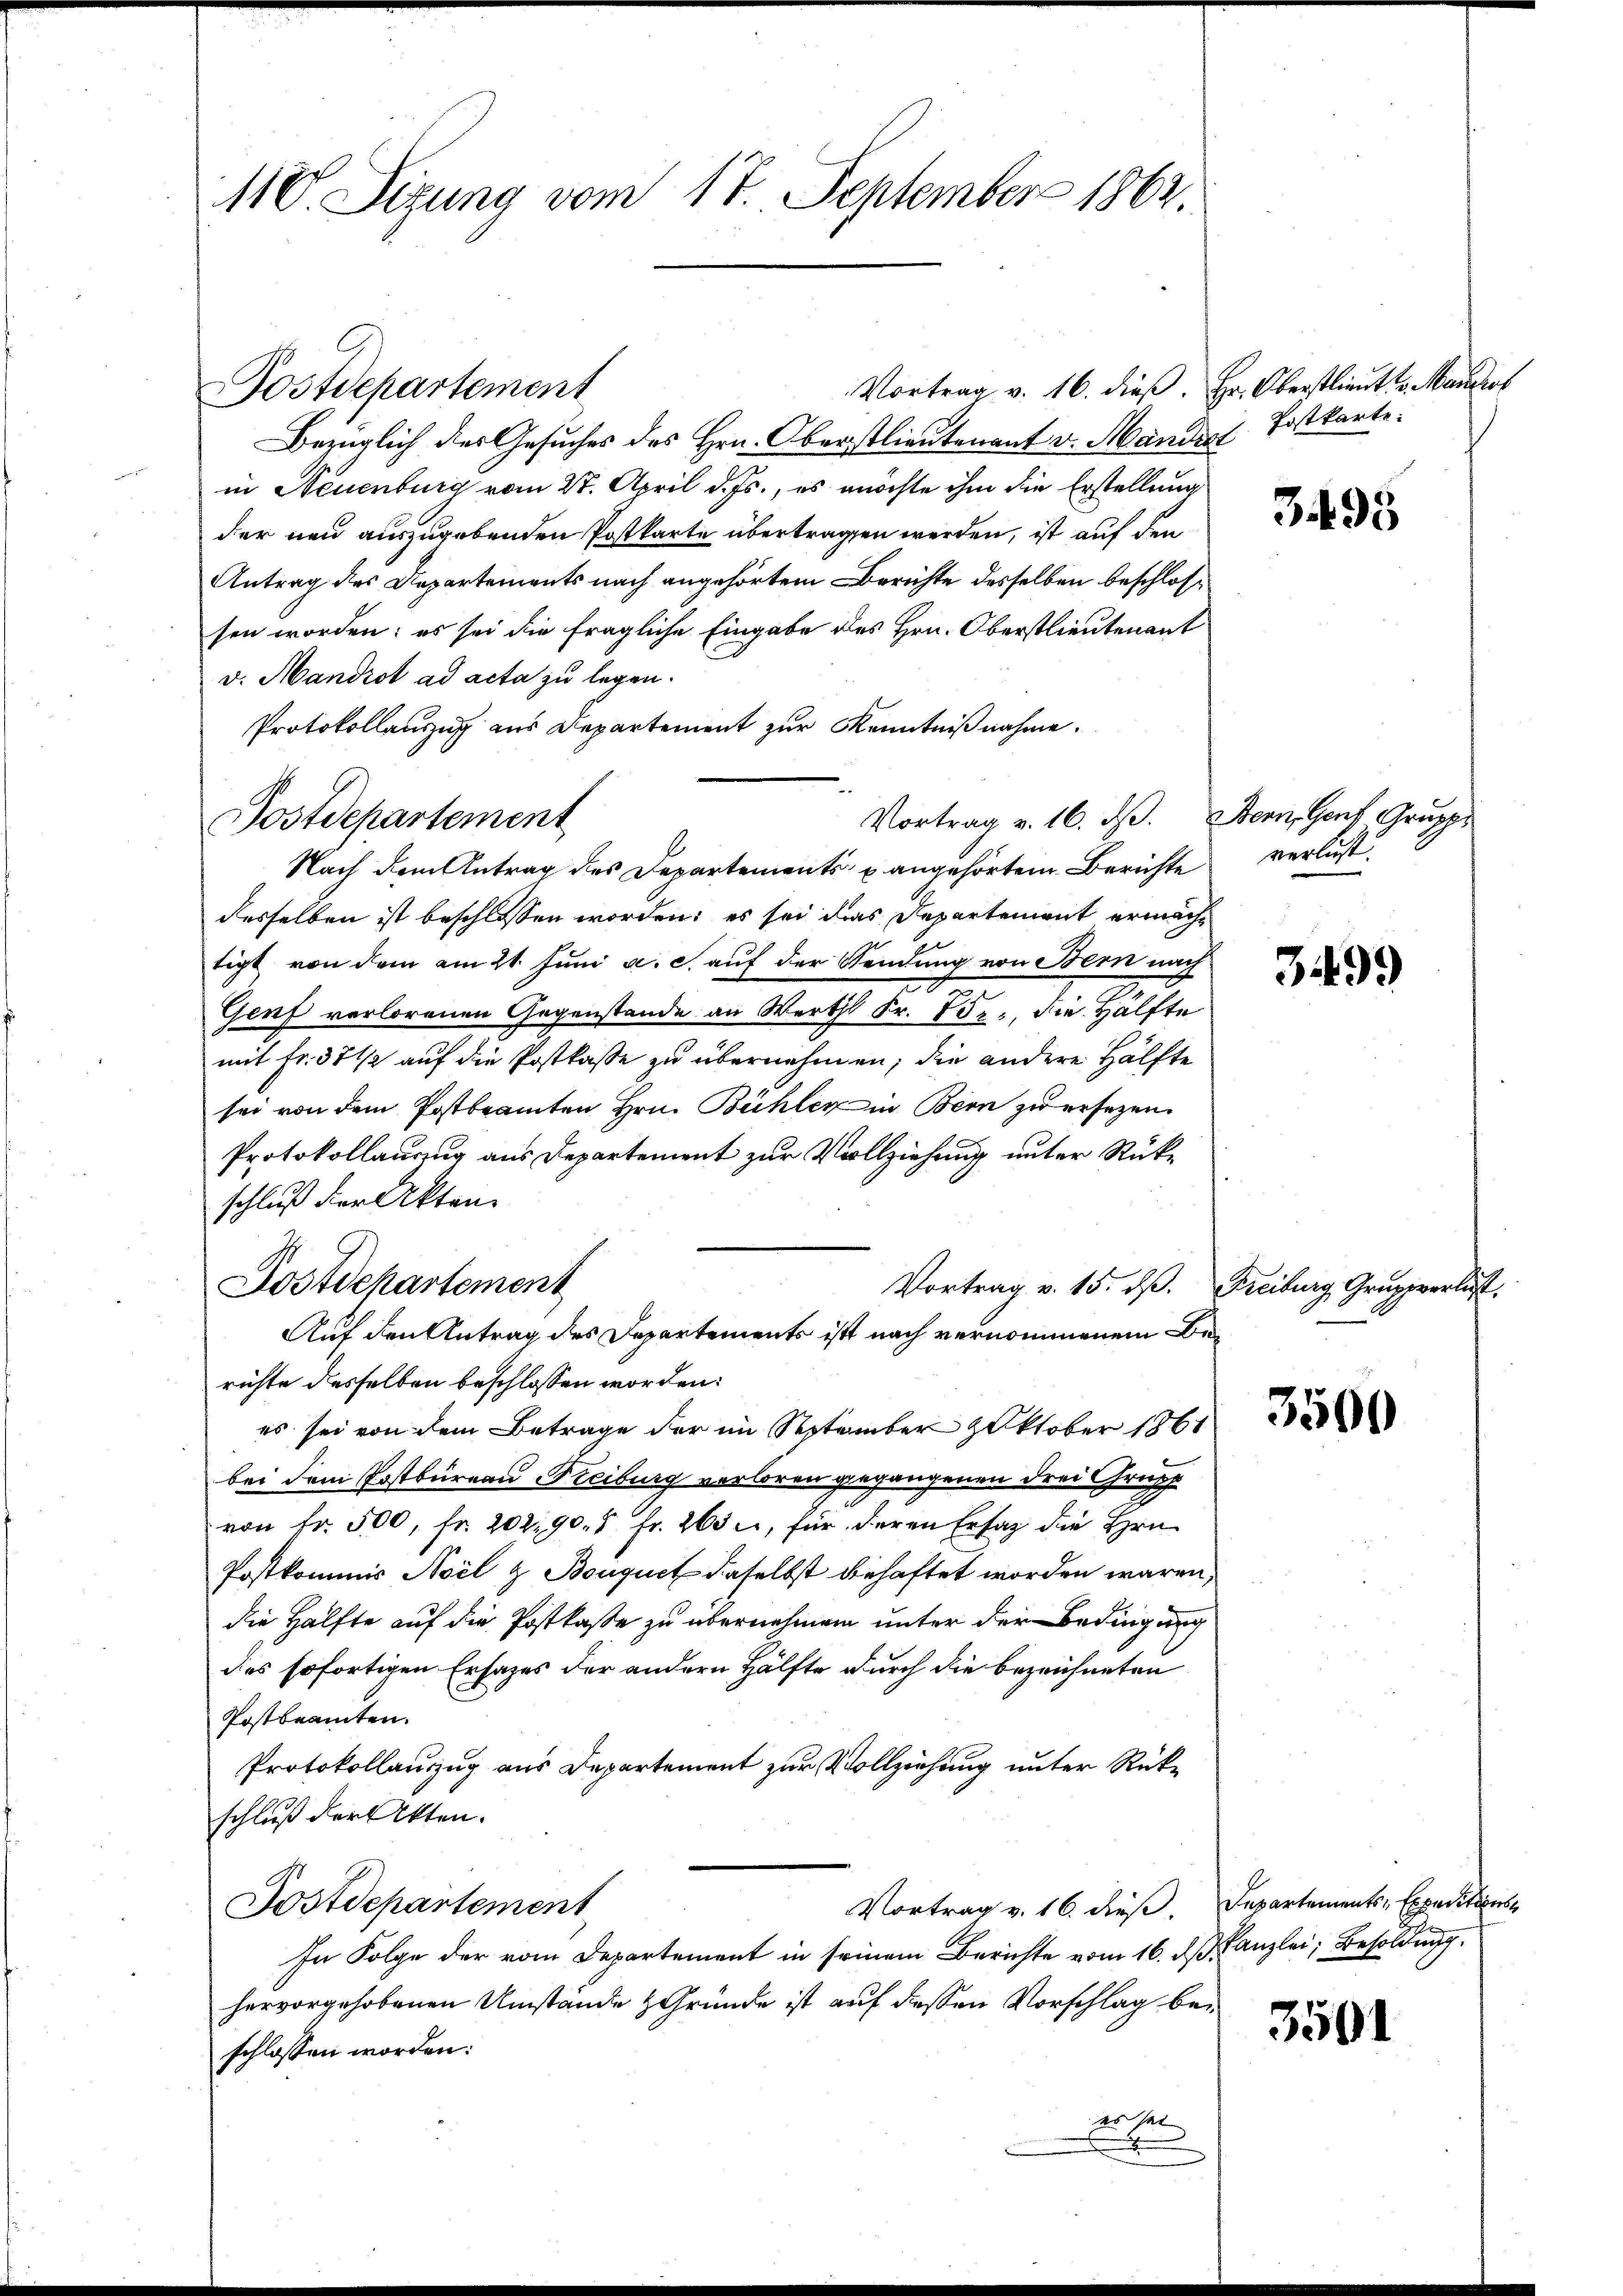
11 V. Sizung vom 17. September 1862.

Bezüglich des Gesuches des Hrn. Oberstlieutenant v. Mandert Postkartein Neuenburg vom 27. April d. Js., es möchte ihm die Erstellung
der neu auszugebenden Postkarte übertragen werden, ist auf den
Antrag des Departements nach angehörtem Berichte desselben beschlossen worden; es sei die fragliche Eingabe des Hrn. Oberstlieutenant
v. Mandrot ad acta zu legen.
Protokollauszug aus Departement zur Kenntnißnahme.
Nach dem Antrag des Departements u angehörtem Berichte
desselben ist beschlossen worden; es sei das Departement ermächtigt von dem am 21. Juni a. c. auf der Sendung von Bern nach
F
Genf verlorenen Gegenstände an Werthl Fr. 752., die Hälfte
mit Fr. 37 1/2 auf die Postkasse zu übernehmen; die andere Hälfte
sei von dem Postbeamten Hrn. Bühler in Bern zu ersetzen.
Protokollauszug aus Departement zur Vollziehung unter Rükschluß der Akten.
Postdepartement
Vortrag v. 15. dß. Freiburg, Gruppverlust.
Auf den Antrag des Departements ist nach vernommenem Berichte desselben beschlossen worden:
es sei von dem Betrage der im September zoktober 1861
bei dem Postbureau Freiburg verloren gegangenen drei Grupp
von fr. 500, fr. 202. 90. 5 fr. 265 u, für deren Ersatz die Hrn.
Postkommis Aoil & Bouquet daselbst behaftet worden wären,
die Hälfte auf die Postkasse zu übernehmen unter der Bedingung
des sofortigen Erhazes der andern Hälfte durch die bezeichneten
Postbeamten.
Protokollauszug aus Departement zur Vollziehung unter Rücke
schluß der Akten.
Vortrag v. 16. dieß. Departements, Expeditions
Postdepartement
In Folge der vom Departement in seinem Berichte vom 16. ds Kanzlei, Besoldung
hervorgehobenen Umstände Gründe ist auf dessen Vorschlag bei
schlossen worden:
es sei |
x

Postdepartement

Postdepartement

Vortrag v. 16. ds. Bern, Genf Grupp

Vortrag v. 16. dieβ. Hr. Oberstlieut. v. Mandert

3495

verlust.

3499

3500

3501